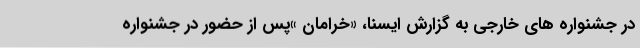
در جشنواره های خارجی به گزارش ایسنا، «خرامان »پس از حضور در جشنواره